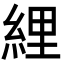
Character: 䋥